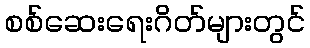
စစ်ဆေးရေးဂိတ်များတွင်